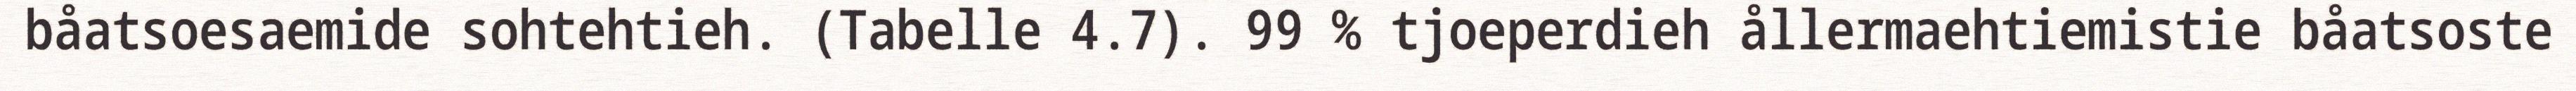
båatsoesaemide sohtehtieh. (Tabelle 4.7). 99 % tjoeperdieh ållermaehtiemistie båatsoste